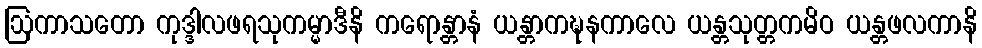
ဩကာသတော ကုဒ္ဒါလဖရသုကမ္မာဒီနိ ကရောန္တာနံ ယန္တာကဍ္ဎနကာလေ ယန္တသုတ္တကမိဝ ယန္တဖလကာနိ